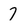
Character: 7